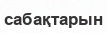
сабақтарын